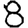
Digit: 8